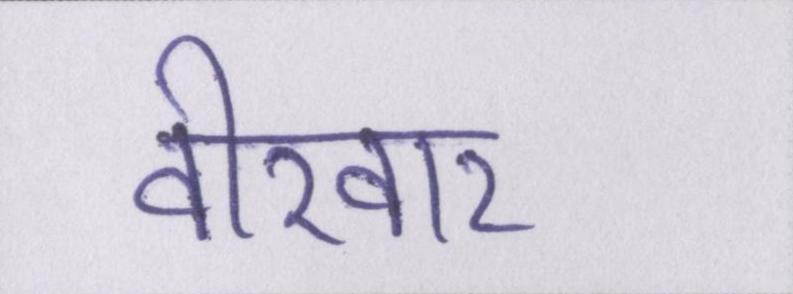
वीरवार